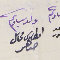
ولد سيادتكم امطانوس محاىل صاهر